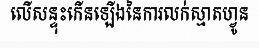
លើសន្ទុះកើនឡើងនៃការលក់ស្មាតហ្វូន